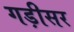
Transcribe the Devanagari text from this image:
गड़ीसर